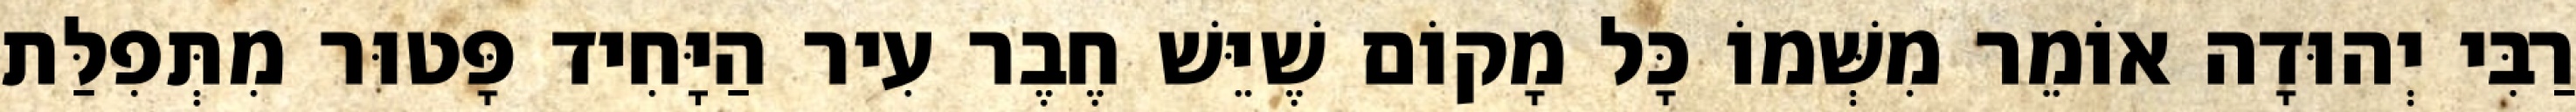
רַבִּי יְהוּדָה אוֹמֵר מִשְּׁמוֹ כָּל מָקוֹם שֶׁיֵּשׁ חֶבֶר עִיר הַיָּחִיד פָּטוּר מִתְּפִלַּת